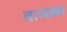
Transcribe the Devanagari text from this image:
वागावा